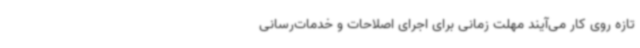
تازه روی کار می‌آیند مهلت زمانی برای اجرای اصلاحات و خدمات‌رسانی